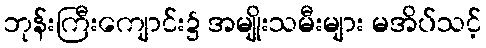
ဘုန်းကြီးကျောင်း၌ အမျိုးသမီးများ မအိပ်သင့်